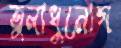
তুলাধুনোস